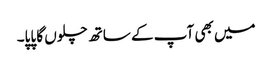
میں بھی آپ کے ساتھ چلوں گا پاپا۔